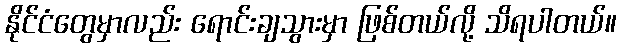
နိုင်ငံတွေမှာလည်း ရောင်းချသွားမှာ ဖြစ်တယ်လို့ သိရပါတယ်။